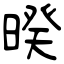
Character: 暌